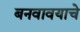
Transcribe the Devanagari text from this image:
बनवावयाचे